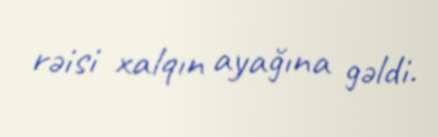
rəisi xalqın ayağına gəldi.